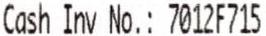
CASH INV NO.: 7012F715